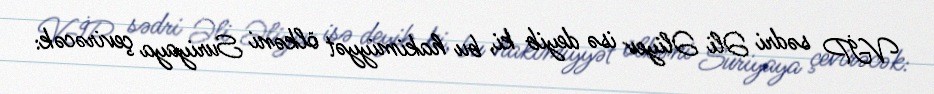
VİP sədri Əli Əliyev isə deyib ki, bu hakimiyyət ölkəni Suriyaya çevirəcək: